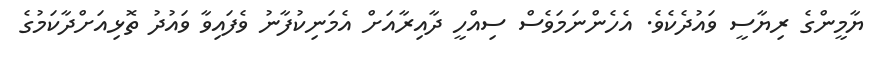
ޔާމީންގެ ރިޔާސީ ވައުދެކެވެ. އެހެންނަމަވެސް ސިއްހީ ދާއިރާއަށް އެމަނިކުފާނު ވެފައިވާ ވައުދު ތޮޅިއަށްދާކަމުގެ